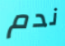
ندم